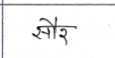
मजकूर: सौर